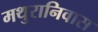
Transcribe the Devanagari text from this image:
मथुरानिवास